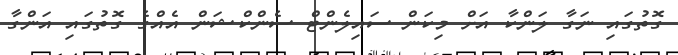
ގޮތުގައި ނަގާ ލަންކާ އަށް މިކަން ސައިލެންޓް ސެންކްޝަން އެއްގެ ގޮތުގައި އަންގާ